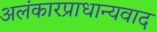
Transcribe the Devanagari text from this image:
अलंकारप्राधान्यवाद